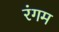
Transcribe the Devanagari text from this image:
रंगम